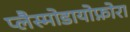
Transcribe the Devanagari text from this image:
प्लैस्मोडायोफ़ोरा